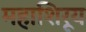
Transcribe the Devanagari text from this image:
महाशिरूय